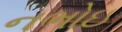
નભોઇ